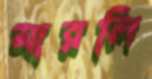
মারলি